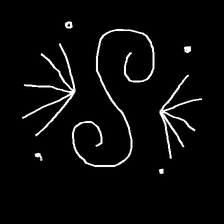
Glyph: aeroform